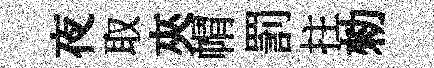
夜取夾㡌罰拄勑